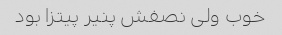
خوب ولی نصفش پنیر پیتزا بود